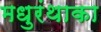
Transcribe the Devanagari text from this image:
मधुरंथाका